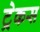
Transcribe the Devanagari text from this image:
ट्रेकस